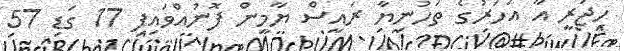
ހިޖުރީ އާ އަހަރުގެ ތަހުނިޔާ ރައީސް ޔާމީން ފޮނުއްވައިފި 17 ގަޑި 57